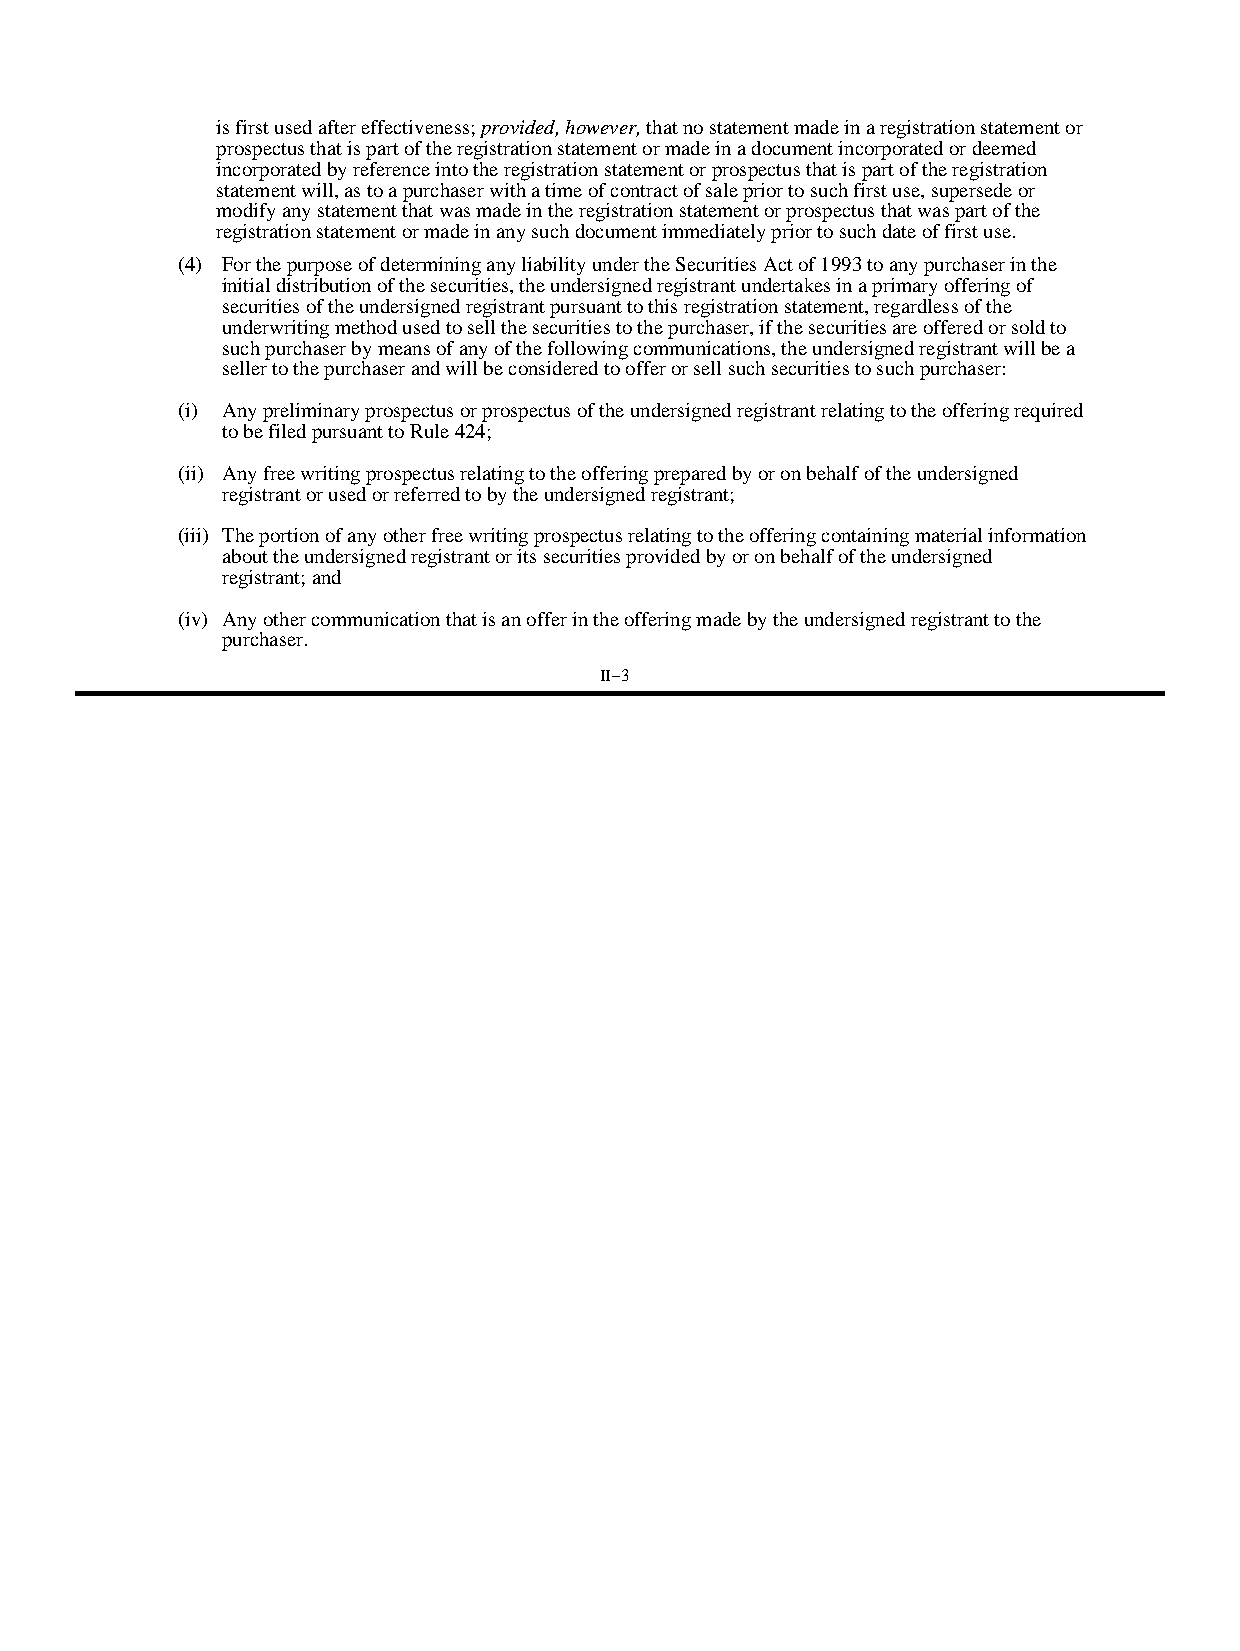
is first used after effectiveness; provided, however, that no statement made in a registration statement or
 prospectus that is part of the registration statement or made in a document incorporated or deemed
 incorporated by reference into the registration statement or prospectus that is part of the registration
 statement will, as to a purchaser with a time of contract of sale prior to such first use, supersede or
 modify any statement that was made in the registration statement or prospectus that was part of the
 registration statement or made in any such document immediately prior to such date of first use.
 (4) For the purpose of determining any liability under the Securities Act of 1993 to any purchaser in the
 initial distribution of the securities, the undersigned registrant undertakes in a primary offering of
 securities of the undersigned registrant pursuant to this registration statement, regardless of the
 underwriting method used to sell the securities to the purchaser, if the securities are offered or sold to
 such purchaser by means of any of the following communications, the undersigned registrant will be a
 seller to the purchaser and will be considered to offer or sell such securities to such purchaser:
 (i) Any preliminary prospectus or prospectus of the undersigned registrant relating to the offering required
 to be filed pursuant to Rule 424;
 (ii) Any free writing prospectus relating to the offering prepared by or on behalf of the undersigned
 registrant or used or referred to by the undersigned registrant;
 (iii) The portion of any other free writing prospectus relating to the offering containing material information
 about the undersigned registrant or its securities provided by or on behalf of the undersigned
 registrant; and
 (iv) Any other communication that is an offer in the offering made by the undersigned registrant to the
 purchaser.
 II−3